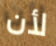
لأن